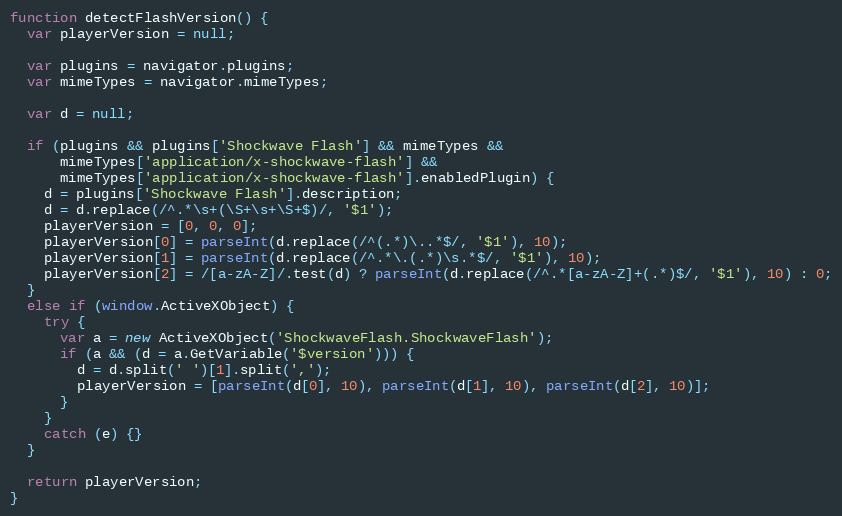
Language: JavaScript
function detectFlashVersion() {
  var playerVersion = null;

  var plugins = navigator.plugins;
  var mimeTypes = navigator.mimeTypes;

  var d = null;

  if (plugins && plugins['Shockwave Flash'] && mimeTypes &&
      mimeTypes['application/x-shockwave-flash'] &&
      mimeTypes['application/x-shockwave-flash'].enabledPlugin) {
    d = plugins['Shockwave Flash'].description;
    d = d.replace(/^.*\s+(\S+\s+\S+$)/, '$1');
    playerVersion = [0, 0, 0];
    playerVersion[0] = parseInt(d.replace(/^(.*)\..*$/, '$1'), 10);
    playerVersion[1] = parseInt(d.replace(/^.*\.(.*)\s.*$/, '$1'), 10);
    playerVersion[2] = /[a-zA-Z]/.test(d) ? parseInt(d.replace(/^.*[a-zA-Z]+(.*)$/, '$1'), 10) : 0;
  }
  else if (window.ActiveXObject) {
    try {
      var a = new ActiveXObject('ShockwaveFlash.ShockwaveFlash');
      if (a && (d = a.GetVariable('$version'))) {
        d = d.split(' ')[1].split(',');
        playerVersion = [parseInt(d[0], 10), parseInt(d[1], 10), parseInt(d[2], 10)];
      }
    }
    catch (e) {}
  }

  return playerVersion;
}